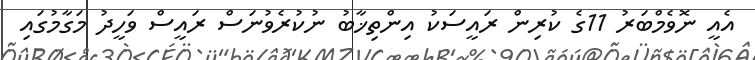
އެއީ ނޮވެމްބަރު 11ގެ ކުރިން ރައީސަކު އިންތިޚާބު ނުކުރެވުނަސް ރައީސް ވަހީދު މަގާމުގައި